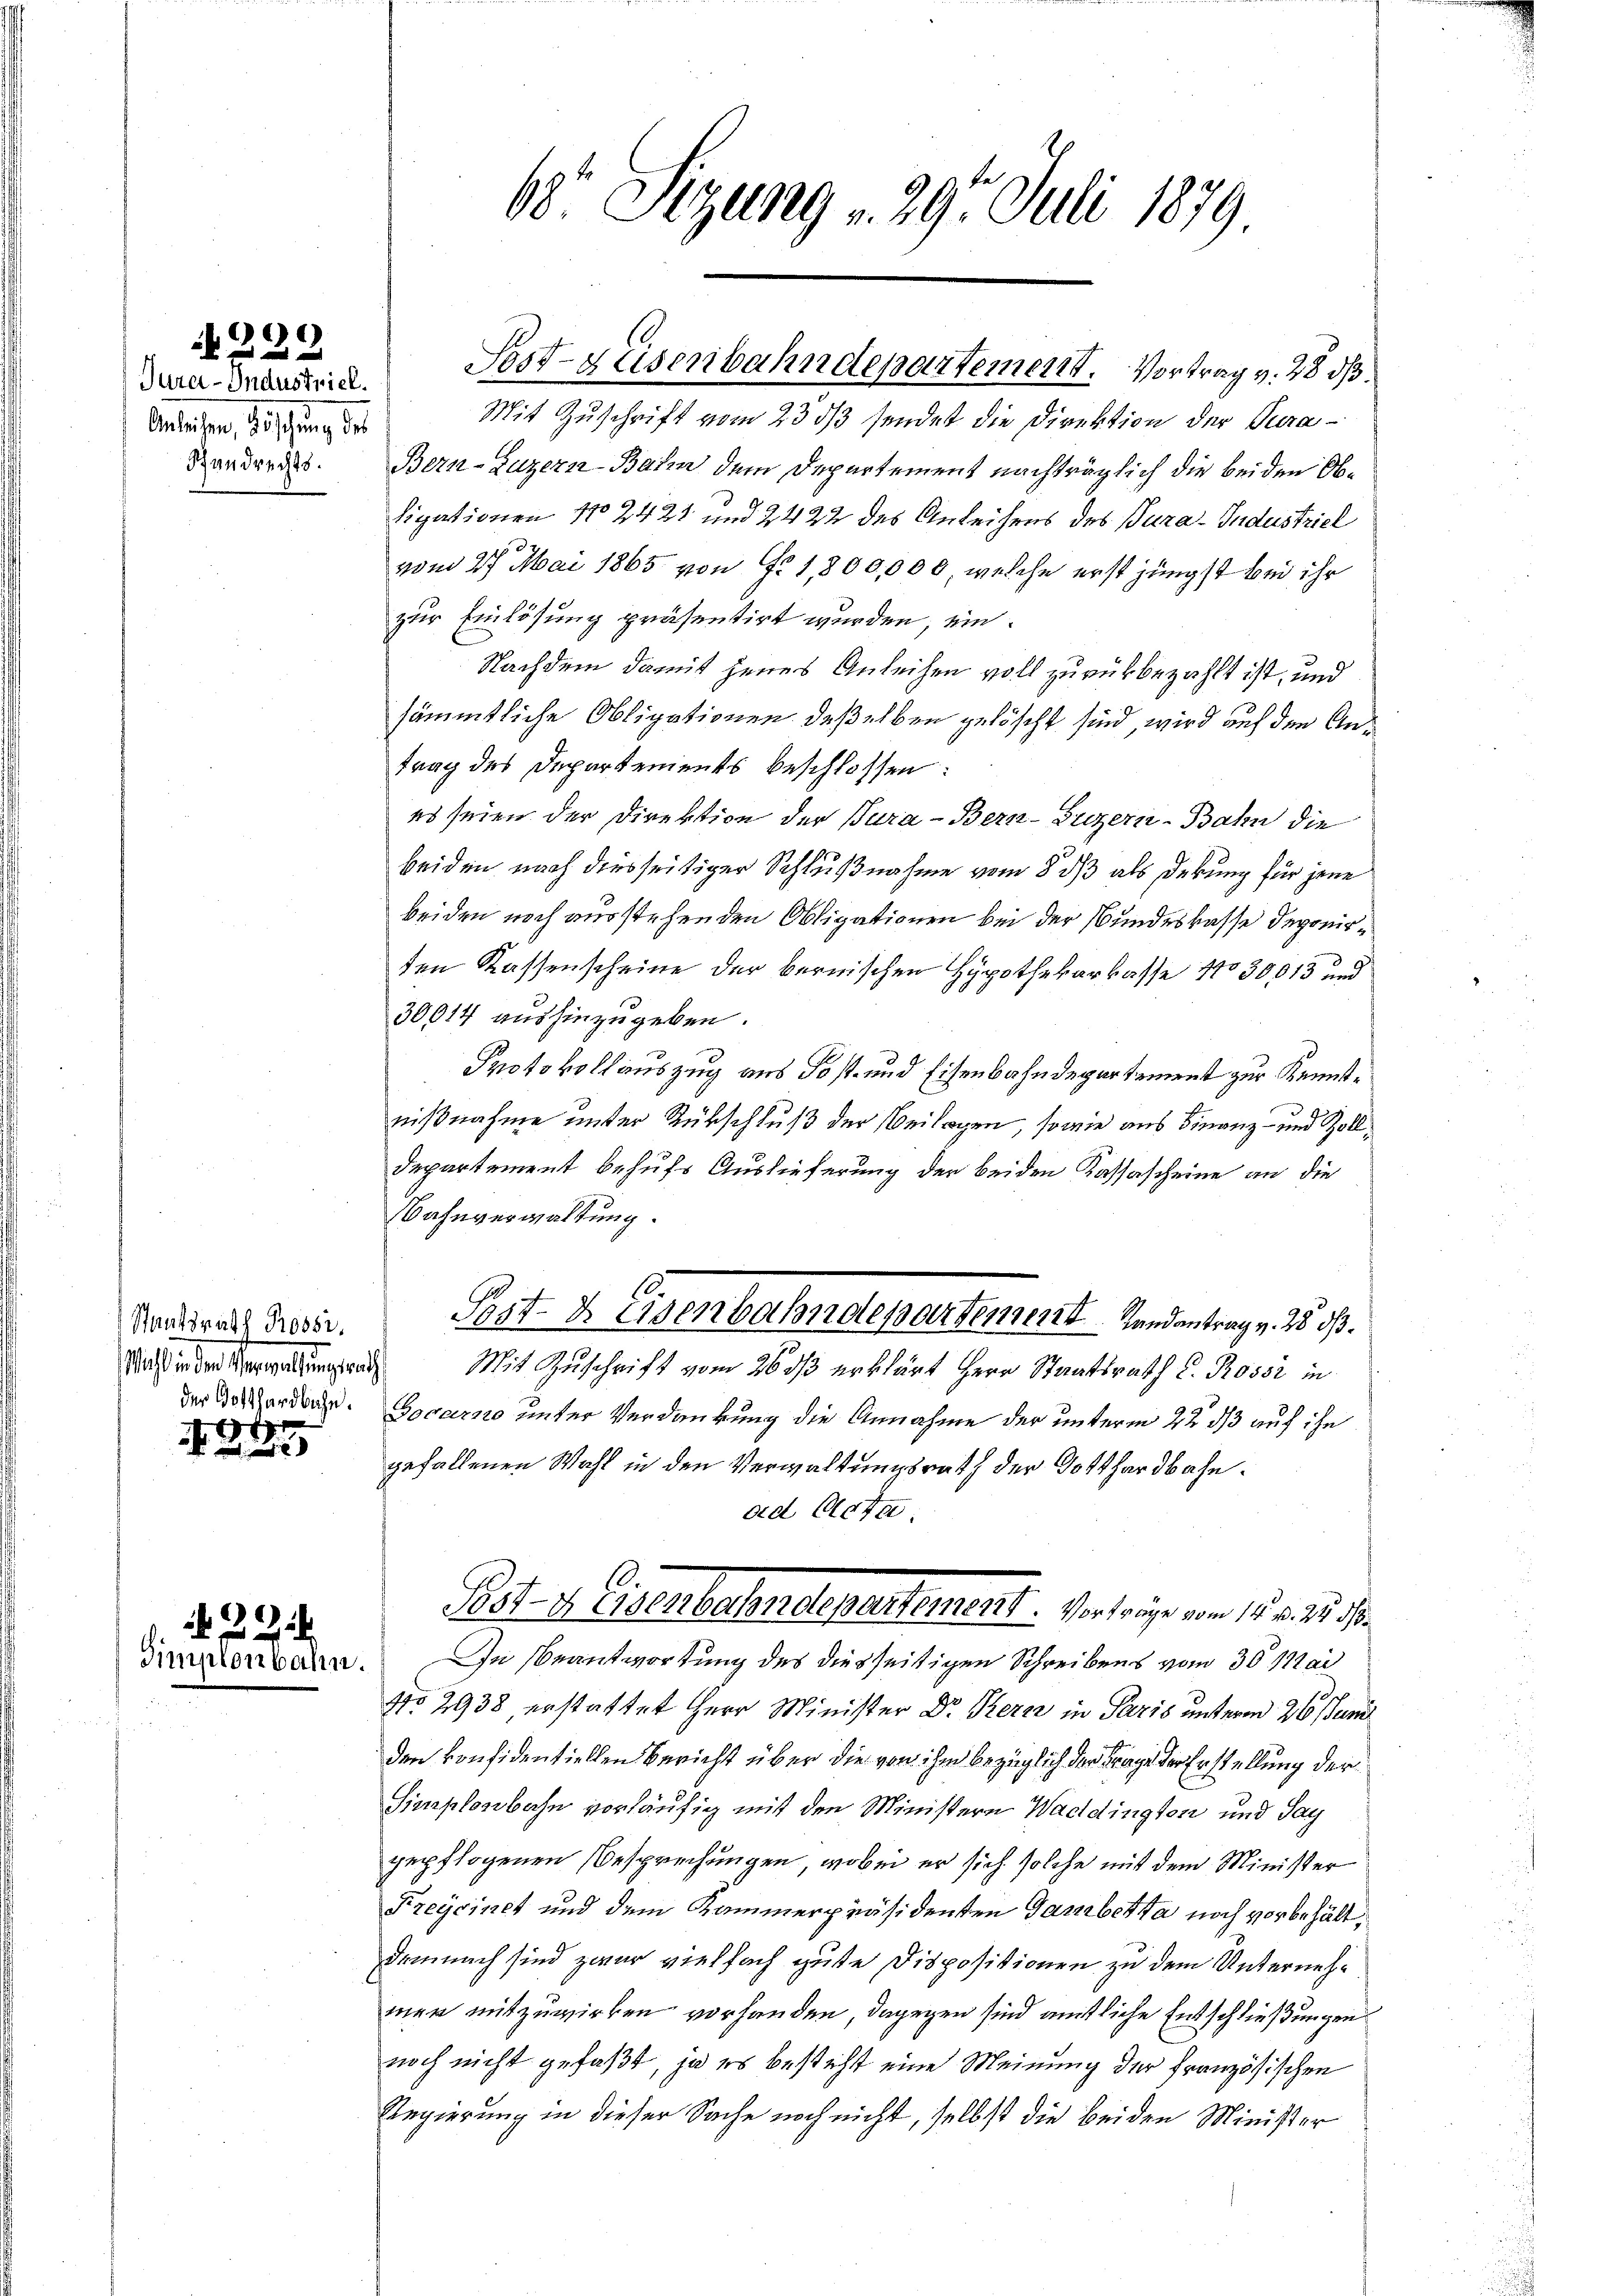
Jura-Industriel
Anleiten, beschung des
Randrechts.

23

Staatsrath Rossi
Mich in der Verwaltungsrath,

1

.

Mit Zuschrift vom 23 33 sendet die Direktion der Tura¬
Bern-Luzern Baum dem Departement nachträglich die beiden Ob¬
Sipationen No 2428 und 2422 des Anleihens des Para-Industriel
vom 27. Mai 1865 von Fr. 1,800,000 welche erst jüngst bei ihr
zur Einlösung präsentirt wurden, ein
Nachdem damit jenes Anleihen voll zurückbezahlt ist, und
sämmtliche Obligationen deßelben gelöscht sind, wird auf den Antrag des Departements beschlossen:
es seien der Direktion der Jura - Bern-Guzern-Bahn die
beiden nach diesseitiger Schlußnahme vom 8 dß als Debung für jene
beiden noch ausstehenden Obligationen bei der Bundeskasse deponirten Kassenscheine der bernischen Hypothekarkasse No 30,013 und
30014 aushinzugeben.
Protokollauszug aus Post- und Eisenbahndepartement zur Kenntnißnahme unter Rückschluß der Beilagen, sowie aus Finanz- und Zoll¬
Departement behufs Auslieferung der beiden Kassascheine an die
Bahnverwaltung.
Post- & Eisenbahndepartement Landantrag v. 25. dß.
Mit Zuschrift vom 26 dß erklärt Herr Staatsrath C. Rossi in
der Gottforden. Gocarno unter Verdankung die Annahme der unterm 22. ds auf ihn
gefallenen Wahl in den Verwaltungsrath der Gotthardbahn.
ad Acta.
Pot.- 4. Eisenbahndepartement. Vorträge von 15. d. 12. 16.
Fermann. In Beantwortung des diesseitigen Schreibens vom 30. Mai
No 2938, erstattet Herr Minister Dr. Kern in Paris unterm 26. Juni
den konsidentiellen Bericht über die von ihm bezüglich der Frage der Erstellung der
Simplonbahn vorläufig mit den Ministern Waddington und Sag
gepflogenen Besprechungen, wobei er sich solche mit dem Minister
Kreysinet und dem Kammerpräsidenten Gamberta noch vorbehältdemnach sind zwar vielfach gute Dispositionen zu dem Unternehmen mitzuwirken vorhanden, dagegen sind amtliche Entschließungen
noch nicht gefaßt, ja es besteht eine Meinung der Französischen
Regierung in dieser Sache noch nicht, selbst die beiden Minister

68 Sizung v. 29. Juli 1879

Sost-Eisenbahndepartement. Vortrag v. 28 dß.